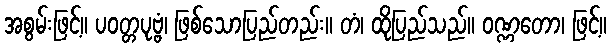
အစွမ်းဖြင့်။ ပဝတ္တပုဗ္ဗံ၊ ဖြစ်သောပြည်တည်း။ တံ၊ ထိုပြည်သည်။ ဝဏ္ဏတော၊ ဖြင့်။